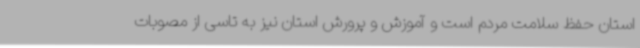
استان حفظ سلامت مردم است و آموزش و پرورش استان نیز به تاسی از مصوبات